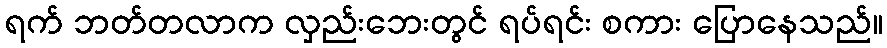
ရက် ဘတ်တလာက လှည်းဘေးတွင် ရပ်ရင်း စကား ပြောနေသည်။